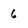
Character: 6